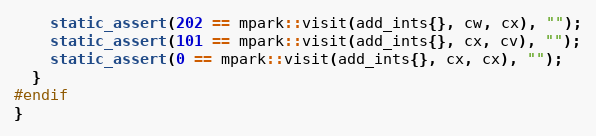
Language: C++
    static_assert(202 == mpark::visit(add_ints{}, cw, cx), "");
    static_assert(101 == mpark::visit(add_ints{}, cx, cv), "");
    static_assert(0 == mpark::visit(add_ints{}, cx, cx), "");
  }
#endif
}